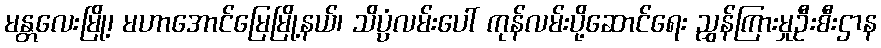
မန္တလေးမြို့၊ မဟာအောင်မြေမြို့နယ်၊ သိပ္ပံလမ်းပေါ် ကုန်လမ်းပို့ဆောင်ရေး ညွှန်ကြားမှုဦးစီးဌာန